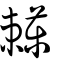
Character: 𧆄